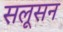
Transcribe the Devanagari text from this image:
सलूसन